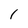
Character: 1